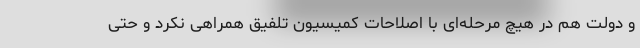
و دولت هم در هیچ مرحله‌ای با اصلاحات کمیسیون تلفیق همراهی نکرد و حتی